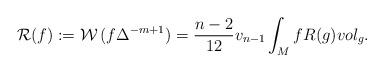
LaTeX: \begin{align*}{\mathcal R}(f) := \mathcal{W}\,(f \Delta ^{-m+1})= \frac{n-2}{12} v_{n-1}\int _{M} f R(g) vol_{g} .\end{align*}